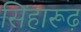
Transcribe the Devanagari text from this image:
सिंहारूढ़